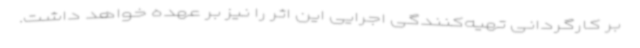
بر کارگردانی تهیه‌کنندگی اجرایی این اثر را نیز بر عهده خواهد داشت.